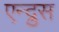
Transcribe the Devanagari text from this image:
एन्द्रुस